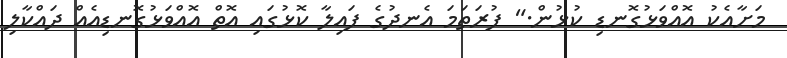
މަށާއެކު އޮއްވަޅުގޮނޑި ކުޅުން." ފުރަތަމަ އެނދުގެ ފައިލާ ކޮޅުގައި އޮތް އޮއްވަޅުގޮނޑިއެއް ދައްކާލި